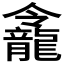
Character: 𪚙